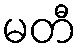
မတီ